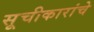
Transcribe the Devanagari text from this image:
सूचीकारांचे